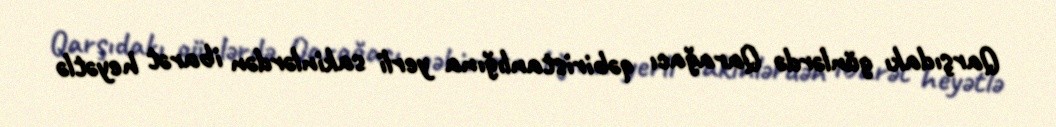
Qarşıdakı günlərdə Qarağacı qəbiristanlığına yerli sakinlərdən ibarət heyətlə